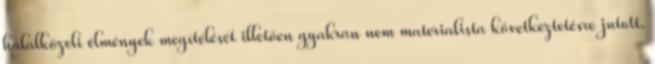
halálközeli élmények megítélését illetően gyakran nem materialista következtetésre jutott.